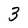
Character: 3